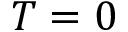
T = 0